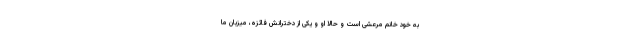
به خود خانم مرعشی است و حالا او و یکی از دخترانش فائزه، میزبان ما